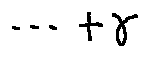
\cdots + \gamma